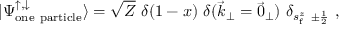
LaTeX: | \Psi _ { \mathrm { o n e \ p a r t i c l e } } ^ { \uparrow , \downarrow } \rangle = \sqrt Z \, \, \delta ( 1 - x ) \, \, \delta ( \vec { k } _ { \perp } = \vec { 0 } _ { \perp } ) \, \, \delta _ { s _ { \mathrm { f } } ^ { z } \ \pm { \frac { 1 } { 2 } } } \ ,